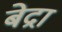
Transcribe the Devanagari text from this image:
बेद्रा